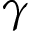
\gamma